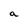
Character: a